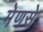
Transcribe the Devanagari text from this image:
मेणसे